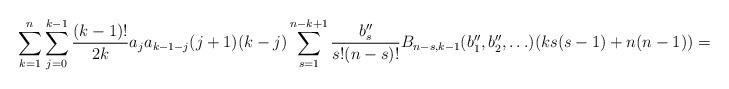
LaTeX: \begin{align*}\sum_{k=1}^n\sum_{j=0}^{k-1}\frac{(k-1)!}{2k}a_ja_{k-1-j}(j+1)(k-j)\sum_{s=1}^{n-k+1}\frac{b''_s}{s!(n-s)!}B_{n-s, k-1}(b''_1, b''_2, \ldots)(ks(s-1)+ n(n-1)) = 0\end{align*}